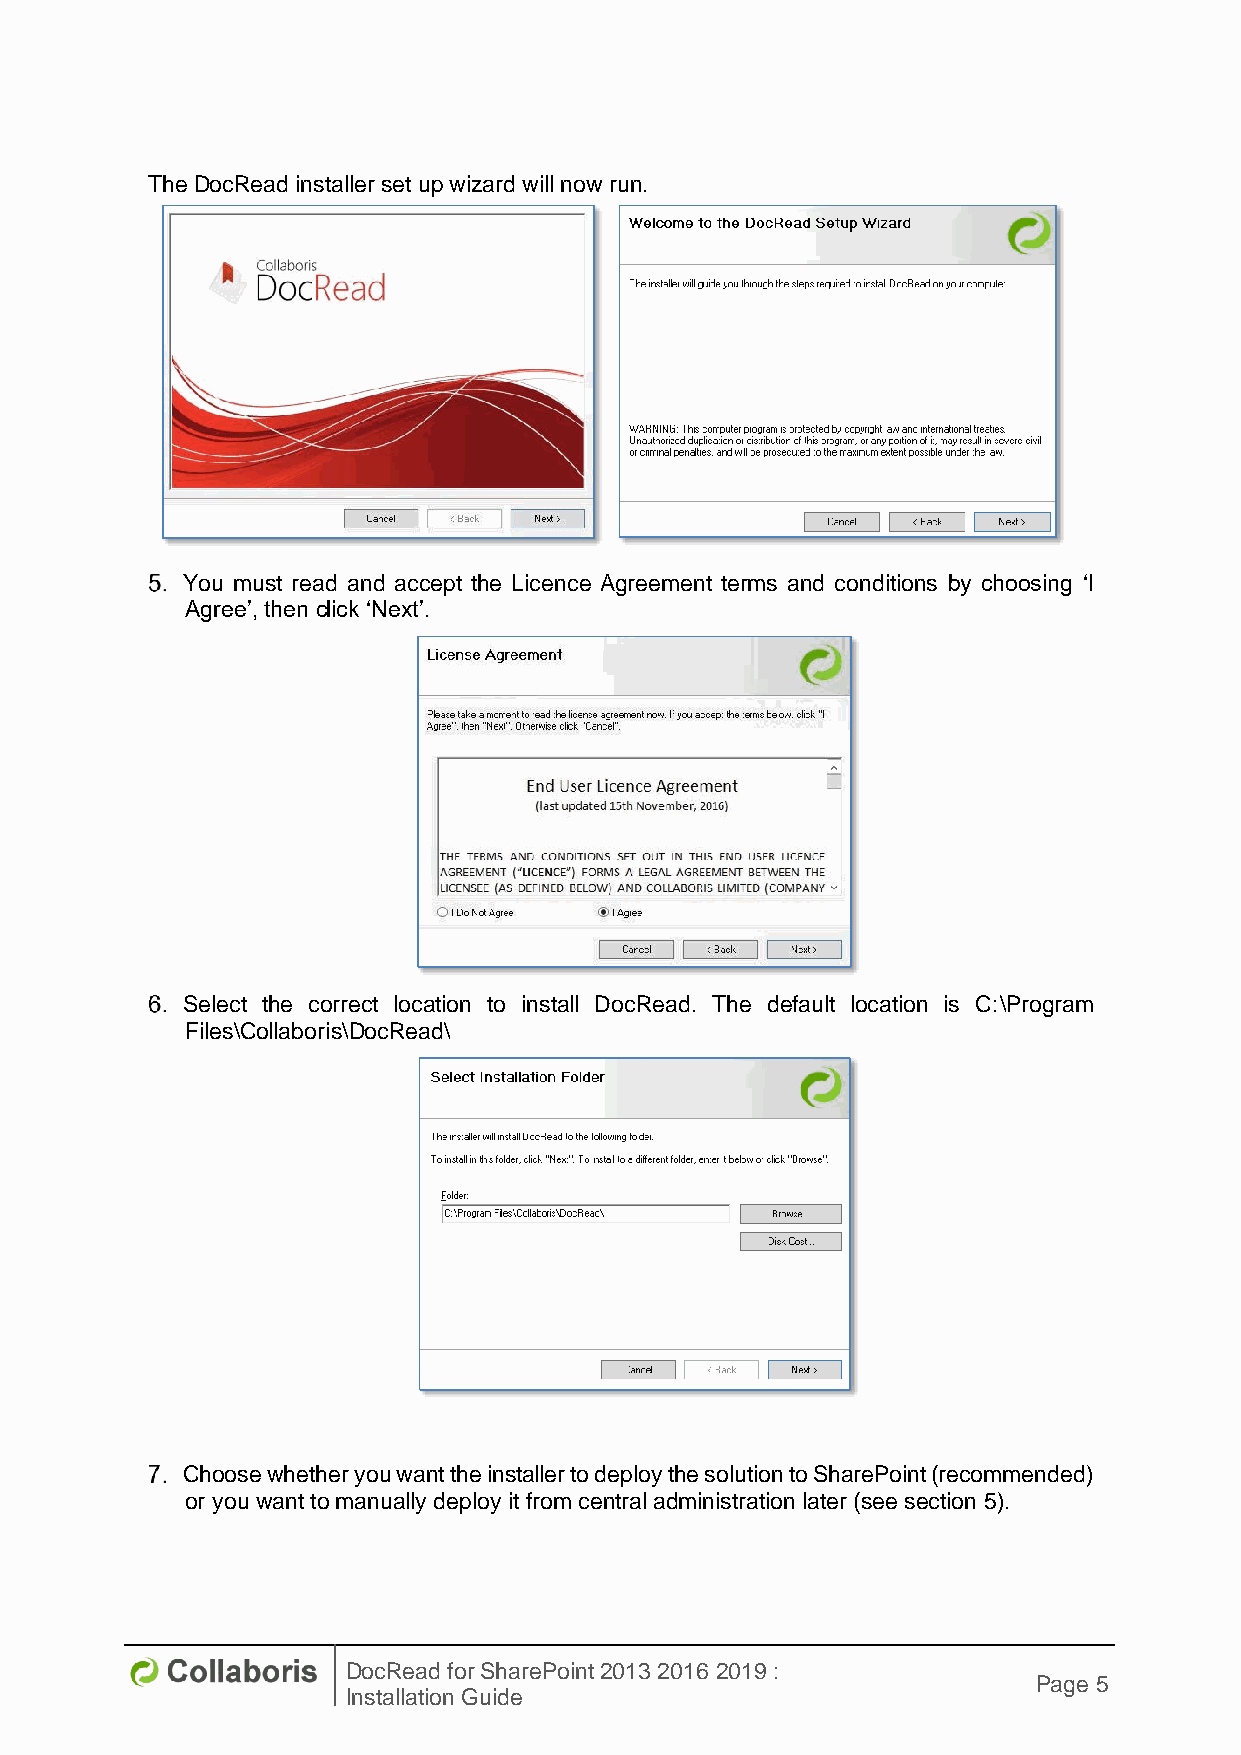
The DocRead installer set up wizard will now run.
 You must read and accept the Licence Agreement terms and conditions by choosing ‘I
 Agree’, then click ‘Next’.
 Select the correct location to install DocRead. The default location is C:\Program
 Files\Collaboris\DocRead\
 Choose whether you want the installer to deploy the solution to SharePoint (recommended)
 or you want to manually deploy it from central administration later (see section 5).
 DocRead for SharePoint 2013 2016 2019 :
 Page 5
 Installation Guide